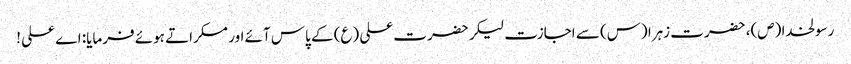
رسولخدا (ص)، حضرت زہرا (س) سے اجازت لیکر حضرت علی (ع) کے پاس آئے اور مسکراتے ہوئے فرمایا: اے علی !